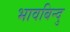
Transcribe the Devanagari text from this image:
भावबिन्दु